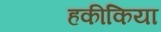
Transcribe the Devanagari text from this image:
हकीकिया